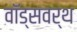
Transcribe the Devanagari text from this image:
वॉड्सवर्थ